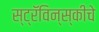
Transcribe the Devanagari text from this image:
स्ट्रॅविन्स्कीचे